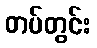
တပ်တွင်း